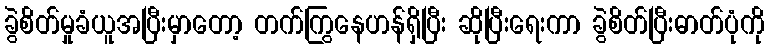
ခွဲစိတ်မှုခံယူအပြီးမှာတော့ တက်ကြွနေဟန်ရှိပြီး ဆိုပြီးရေးကာ ခွဲစိတ်ပြီးဓာတ်ပုံကို